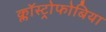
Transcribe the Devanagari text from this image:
क्लॉस्ट्रोफोबिया